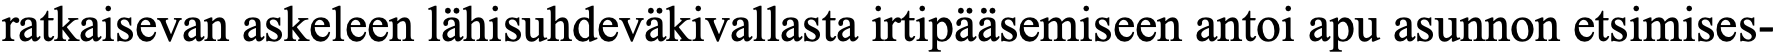
ratkaisevan askeleen lähisuhdeväkivallasta irtipääsemiseen antoi apu asunnon etsimises-